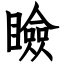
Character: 瞼